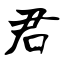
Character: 君